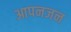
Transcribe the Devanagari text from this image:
आपनजन